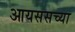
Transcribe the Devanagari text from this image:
आयससच्या